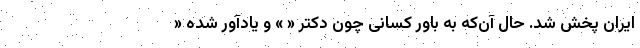
ایران پخش شد. حال آن‌که به باور کسانی چون دکتر « » و یادآور شده «